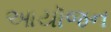
આયૉજન